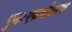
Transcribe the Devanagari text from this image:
पुनःएकत्रीकरण